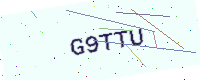
Text: G9TTU